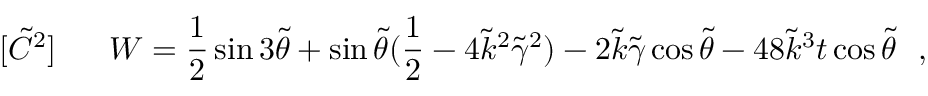
[ \tilde { C } ^ { 2 } ] ~ ~ ~ ~ ~ W = { \frac { 1 } { 2 } } \sin { 3 \tilde { \theta } } + \sin { \tilde { \theta } } ( { \frac { 1 } { 2 } } - 4 \tilde { k } ^ { 2 } \tilde { \gamma } ^ { 2 } ) - 2 \tilde { k } \tilde { \gamma } \cos { \tilde { \theta } } - 4 8 \tilde { k } ^ { 3 } t \cos { \tilde { \theta } } ~ ~ ,